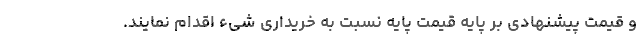
و قیمت پیشنهادی بر پایه قیمت پایه نسبت به خریداری شیء اقدام نمایند.